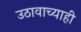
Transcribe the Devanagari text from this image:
उठावाच्याही